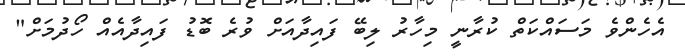
އެހެންވެ މަސައްކަތް ކުރާނީ މިހާރު ލިބޭ ފައިދާއަށް ވުރެ ބޮޑު ފައިދާއެއް ހޯދުމަށް"